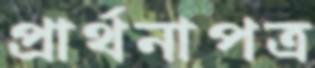
প্রার্থনাপত্র